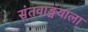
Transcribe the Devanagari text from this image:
संतवाङ्मयाला